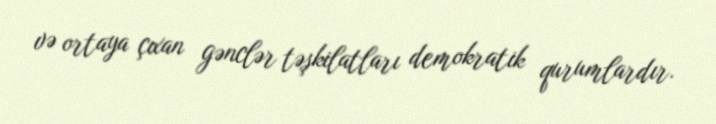
və ortaya çıxan gənclər təşkilatları demokratik qurumlardır.